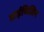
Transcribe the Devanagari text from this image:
डाईथिलिन